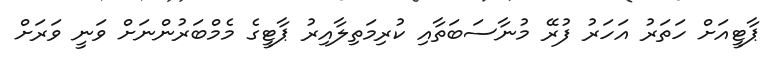
ޕާޓީއަށް ހަތަރު އަހަރު ފުރޭ މުނާސަބަތާއި ކުރިމަތިލާއިރު ޕާޓީގެ މެމްބަރުންނަށް ވަނީ ވަރަށް